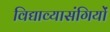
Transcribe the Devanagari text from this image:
विद्याव्यासंगियों